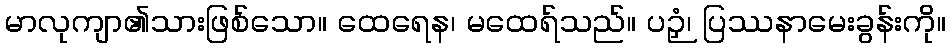
မာလုကျာ၏သားဖြစ်သော။ ထေရေန၊ မထေရ်သည်။ ပဉှံ၊ ပြဿနာမေးခွန်းကို။